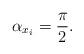
LaTeX: \begin{align*}\alpha_{x_i} = \frac{\pi}{2}.\end{align*}